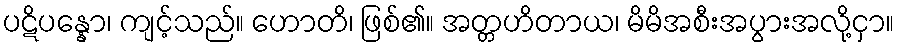
ပဋိပန္နော၊ ကျင့်သည်။ ဟောတိ၊ ဖြစ်၏။ အတ္တဟိတာယ၊ မိမိအစီးအပွားအလို့ငှာ။